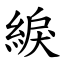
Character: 綟